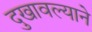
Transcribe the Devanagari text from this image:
दुखावल्याने